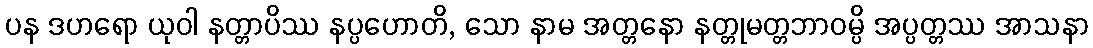
ပန ဒဟရော ယုဝါ နတ္တာပိဿ နပ္ပဟောတိ, သော နာမ အတ္တနော နတ္တုမတ္တဘာဝမ္ပိ အပ္ပတ္တဿ အာသနာ